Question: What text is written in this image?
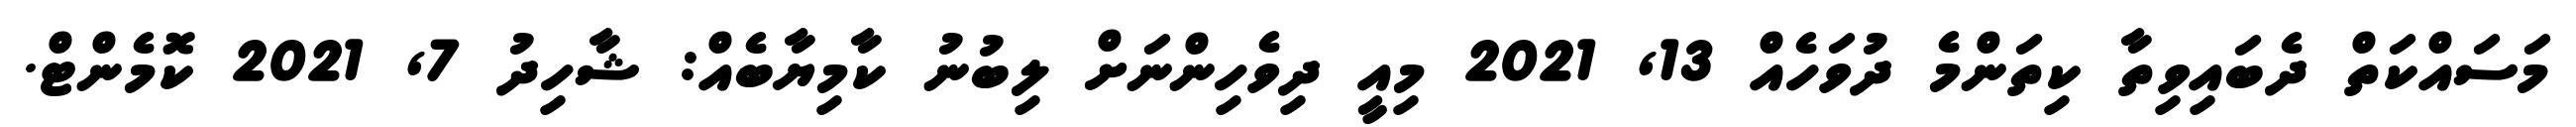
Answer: މަސައްކަތް ދެބައިވިތާ ކިތަންމެ ދުވަހެއް 13, 2021 މިއީ ދިވެހިންނަށް ލިބުނު ކާމިޔާބެއް: ޝާހިދު 7, 2021 ކޮމެންޓް.